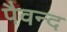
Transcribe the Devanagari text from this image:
पैवन्द